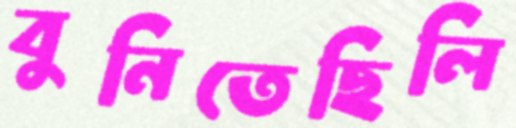
বুনিতেছিলি